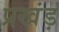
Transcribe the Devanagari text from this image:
प्रखंड़